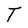
Character: T